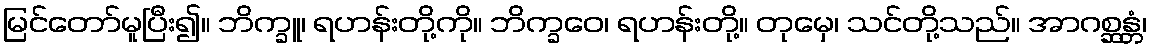
မြင်တော်မူပြီး၍။ ဘိက္ခူ၊ ရဟန်းတို့ကို။ ဘိက္ခဝေ၊ ရဟန်းတို့။ တုမှေ၊ သင်တို့သည်။ အာဂစ္ဆန္တံ၊